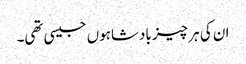
ان کی ہر چیز بادشاہوں جیسی تھی۔